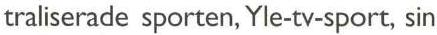
traliserade sporten, Yle-tv-sport, sin